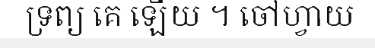
ទ្រព្យ គេ ឡើយ ។ ចៅហ្វាយ